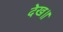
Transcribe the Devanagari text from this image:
देख॥